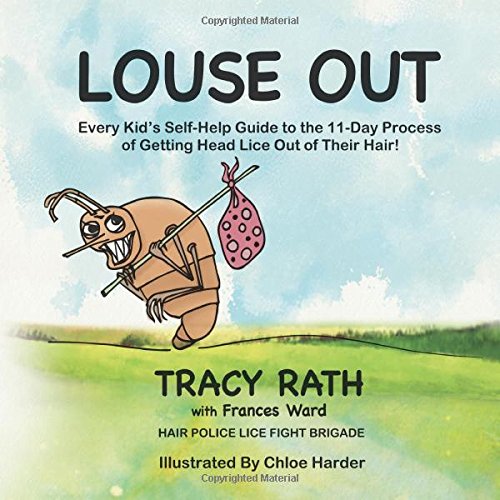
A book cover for Louse Out: Every Kid's Self-Help Guide to the 11-Day Process of Getting Head Lice Out of Their Hair; Tracy Rath; Health, Fitness & Dieting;